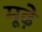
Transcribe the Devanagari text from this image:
मूढे़